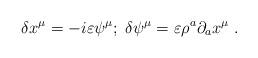
LaTeX: \begin{align*}\delta x^ {\mu} = - i \varepsilon \psi^ {\mu}; \; \delta \psi^ {\mu} =\varepsilon \rho^a \partial_a x^ {\mu} \;.\end{align*}